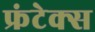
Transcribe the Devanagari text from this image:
फ्रंटेक्स